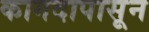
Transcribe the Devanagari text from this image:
कागदापासून